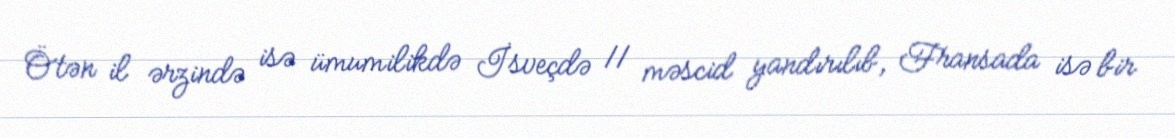
Ötən il ərzində isə ümumilikdə İsveçdə 11 məscid yandırılıb, Fransada isə bir